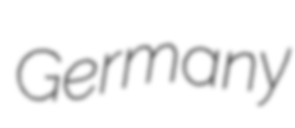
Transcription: Germany